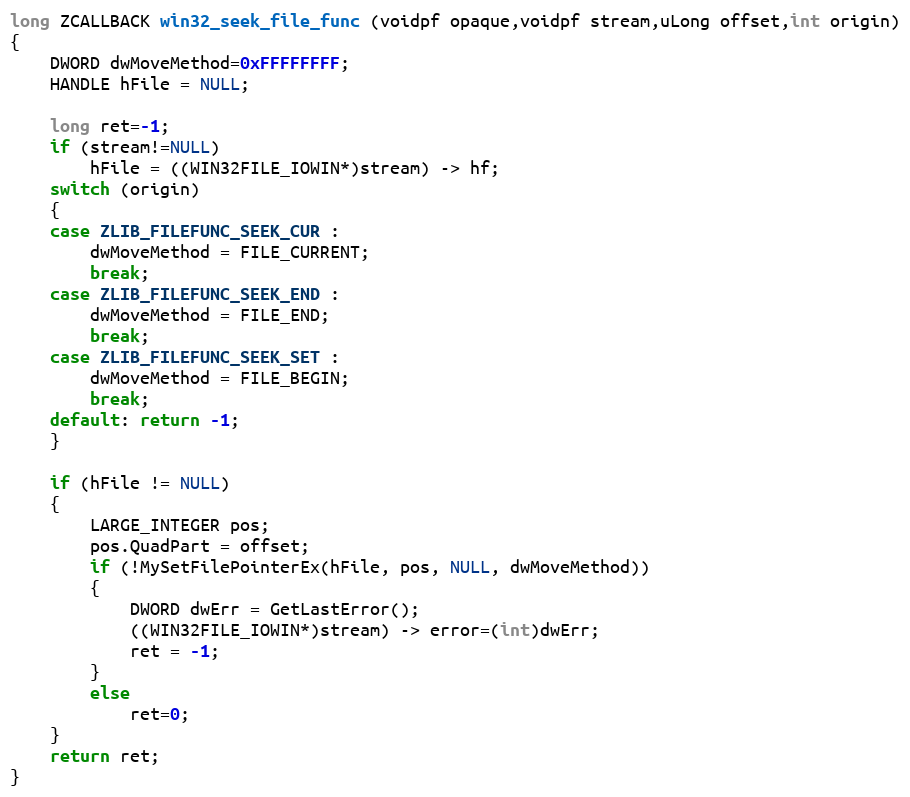
Language: C
long ZCALLBACK win32_seek_file_func (voidpf opaque,voidpf stream,uLong offset,int origin)
{
    DWORD dwMoveMethod=0xFFFFFFFF;
    HANDLE hFile = NULL;

    long ret=-1;
    if (stream!=NULL)
        hFile = ((WIN32FILE_IOWIN*)stream) -> hf;
    switch (origin)
    {
    case ZLIB_FILEFUNC_SEEK_CUR :
        dwMoveMethod = FILE_CURRENT;
        break;
    case ZLIB_FILEFUNC_SEEK_END :
        dwMoveMethod = FILE_END;
        break;
    case ZLIB_FILEFUNC_SEEK_SET :
        dwMoveMethod = FILE_BEGIN;
        break;
    default: return -1;
    }

    if (hFile != NULL)
    {
        LARGE_INTEGER pos;
        pos.QuadPart = offset;
        if (!MySetFilePointerEx(hFile, pos, NULL, dwMoveMethod))
        {
            DWORD dwErr = GetLastError();
            ((WIN32FILE_IOWIN*)stream) -> error=(int)dwErr;
            ret = -1;
        }
        else
            ret=0;
    }
    return ret;
}